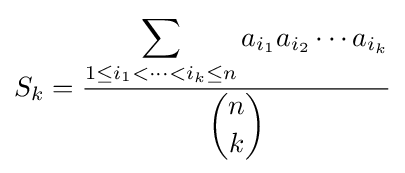
S_{k}={\frac {\displaystyle \sum _{1\leq i_{1}<\cdots <i_{k}\leq n}a_{i_{1}}a_{i_{2}}\cdots a_{i_{k}}}{\displaystyle {n \choose k}}}